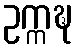
ဥက္ကဍ္ဎ